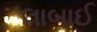
લાબાઈ